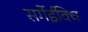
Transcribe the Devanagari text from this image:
सर्गेईविच